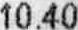
10.40